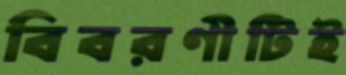
বিবরণীটিই